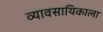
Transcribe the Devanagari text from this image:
व्यावसायिकाला